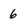
Character: 6